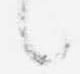
言